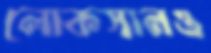
লোকসানও